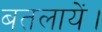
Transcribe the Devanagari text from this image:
बतलायें।